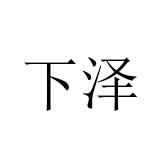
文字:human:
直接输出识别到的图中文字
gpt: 下泽